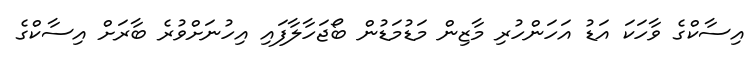
އިސާކްގެ ވާހަކަ އަޑު އަހަންހުރި މާޒިން މަޑުމަޑުން ބޯޖަހާލާފައި އިހުނަށްވުރެ ބާރަށް އިސާކްގެ